Vaccination in the Punjab 1883-1896 - 1883-1896
Year: 1883
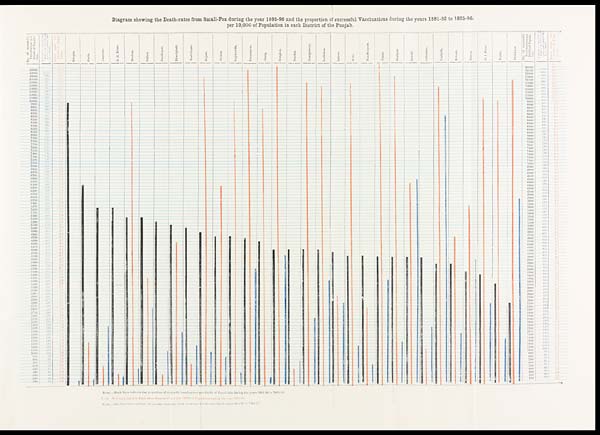
Diagram showing the Death-rates from Small-Pox during the year 1695-96 and the proportion of successful Vaccinations during the years 1881-82 to 1895-96,
per 10,000 of Population in each District of the Punjab.